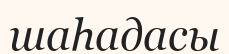
шаһадасы